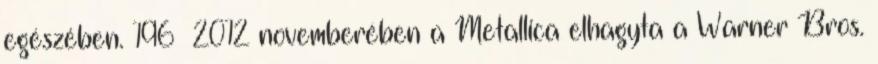
egészében. 196 2012 novemberében a Metallica elhagyta a Warner Bros.